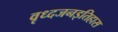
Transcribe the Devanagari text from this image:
वृध्दजनइतिहास